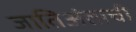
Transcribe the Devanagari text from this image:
जातिअंताची